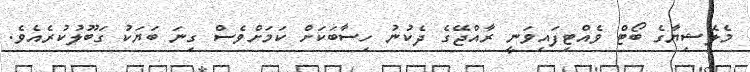
މެލޭޝިޔާގެ ބޯޓް ވެއްޓިފައިވަނީ ރާއްޖޭގެ ދެކުނު ހިސާބަކަށް ކަމަށްވެސް ގިނަ ބަޔަކު ގަބޫލުކުރެއެވެ.